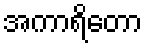
အကာရိတော